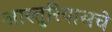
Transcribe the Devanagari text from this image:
आस्तुरियासचे